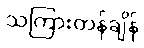
သကြားတန်ချိန်